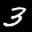
Label: 3